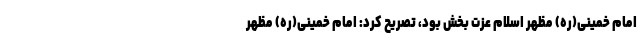
امام خمینی(ره) مظهر اسلام عزت بخش بود، تصریح کرد: امام خمینی(ره) مظهر